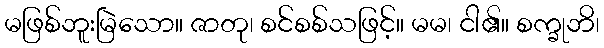
မဖြစ်ဘူးမြဲသော။ ဇာတု၊ စင်စစ်သဖြင့်။ မမ၊ ငါ၏။ စက္ခုဘိ၊